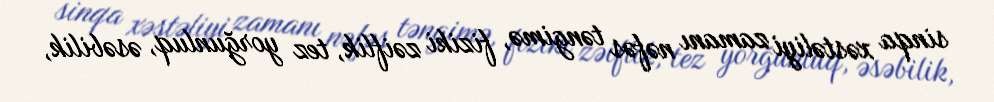
sinqa xəstəliyi zamanı nəfəs təngimə, fiziki zəiflik, tez yorğunluq, əsəbilik,